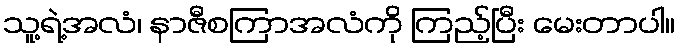
သူ့ရဲ့အလံ၊ နာဇီစကြာအလံကို ကြည့်ပြီး မေးတာပါ။